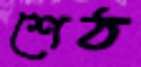
শেঠ